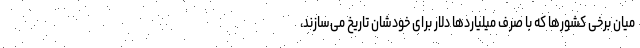
میان برخی کشورها که با صرف میلیاردها دلار برای خودشان تاریخ می‌سازند،